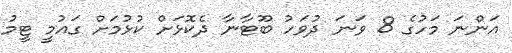
އަންނަ މަހުގެ 8 ވަނަ ދުވަހު ބޫޓާނާ ދެކޮޅަށް ކުޅުމަށް ގައުމީ ޓީމު